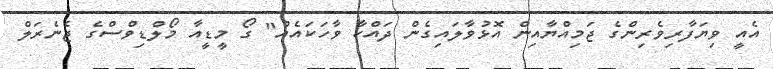
އެއީ ވިޔަފާރިވެރިންގެ ޖަމިއްޔާއިން އޮޅުވާލައިގެން ދައްކާ ވާހަކައެއް" ގޯ މީޑީއާ މޯލްޑިވްސްގެ ޖެނެރަލް